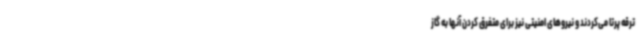
ترقه پرتا می‌کردند و نیروهای امنیتی نیز برای متفرق کردن آنها به گاز